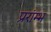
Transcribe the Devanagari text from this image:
प्ररांम्भ